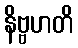
နိဗ္ဗဟတိ